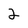
Character: 2